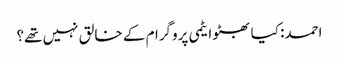
احمد: کیا بھٹو ایٹمی پروگرام کے خالق نہیں تھے؟